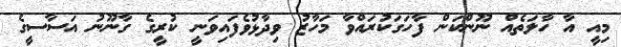
މިއީ އާ ހާލަތެއް ނޫންކަން ފާހަގަކުރައްވާ މަހާޒު ވިދާޅުވެފައިވަނީ ކުރީގެ ގާނޫނު އަސާސީގެ